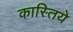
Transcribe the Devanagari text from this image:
कास्तिये